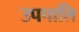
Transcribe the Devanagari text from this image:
उपपालि